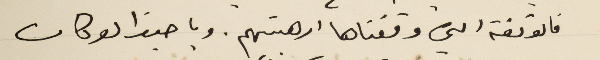
فالوقفة التي وقفناها ارهبتهم. ويا حبذا لو كان